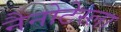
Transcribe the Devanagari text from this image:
नैनोटेस्ला